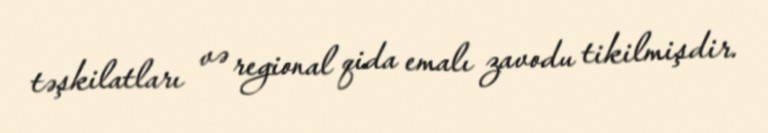
təşkilatları və regional qida emalı zavodu tikilmişdir.